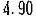
4.90